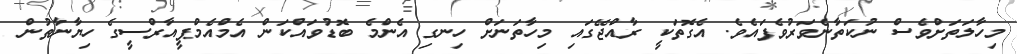
މިހާލަތަށްވެސް ނުކަތާނެވަރުވެފައެވެ. އެގޮތަކީ ރާއްޖޭގައި މިހާތަނަށް ހިނގި އެެންމެ ބޮޑުވައްކަން އެމްއެމްޕީއާރްސީގެ ހިޔާނާތުން